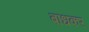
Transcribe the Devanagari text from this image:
बाधकर